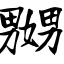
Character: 嬲